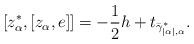
\begin{align*}[z_\alpha^*,[z_\alpha,e]]=-\frac{1}{2}h+t_{\bar\gamma^*_{|\alpha|,\alpha}}.\end{align*}